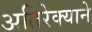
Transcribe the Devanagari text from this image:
अतिरेक्याने